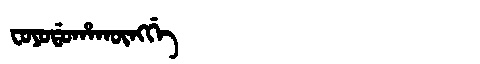
Manchu: ᠸᠣᠶᠣᡩᠣᡥᠠᡴᡡᠩᡤᡝ
Romanization: FOYODOHAKŪNGGE